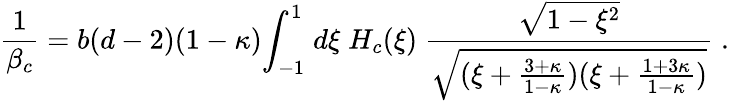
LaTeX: {\frac{1}{\beta_{c}}}=b(d-2)(1-\kappa){\int}_{-1}^{1}\; d\xi\; H_{c}(\xi)\; {\frac{\sqrt{1-\xi^{2}}}{\sqrt{(\xi+\frac{3+\kappa}{1-\kappa})(\xi+\frac{1+3\kappa}{1-\kappa})}}}\; .